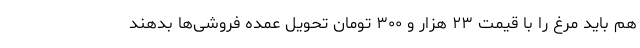
هم باید مرغ را با قیمت ۲۳ هزار و ۳۰۰ تومان تحویل عمده فروشی‌ها بدهند